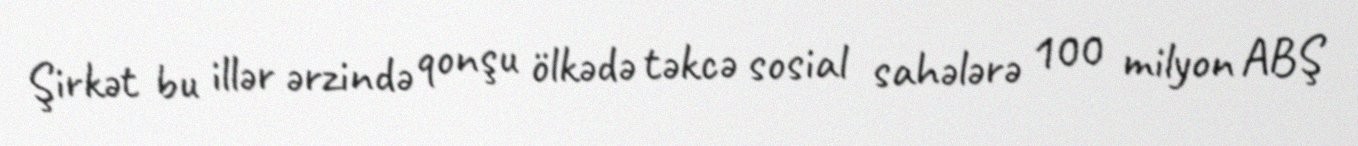
Şirkət bu illər ərzində qonşu ölkədə təkcə sosial sahələrə 100 milyon ABŞ